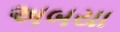
અબયા